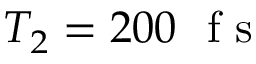
T _ { 2 } = 2 0 0 ~ \mathrm { ~ f ~ s ~ }